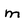
Character: m